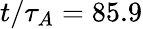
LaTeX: t/\tau_{A}=85.9